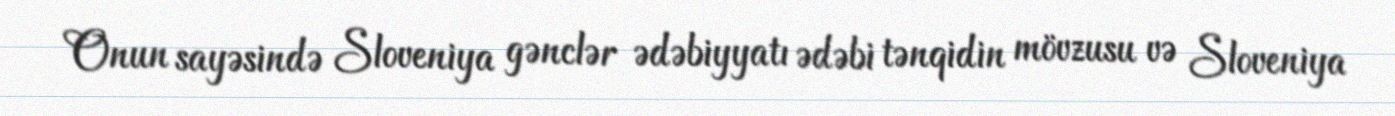
Onun sayəsində Sloveniya gənclər ədəbiyyatı ədəbi tənqidin mövzusu və Sloveniya